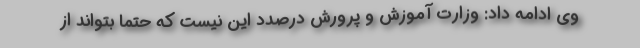
وی ادامه داد: وزارت آموزش و پرورش درصدد این نیست که حتما بتواند از